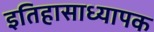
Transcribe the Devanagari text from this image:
इतिहासाध्यापक